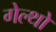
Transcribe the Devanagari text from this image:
गेल्थो